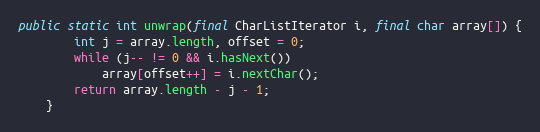
Language: Java
public static int unwrap(final CharListIterator i, final char array[]) {
        int j = array.length, offset = 0;
        while (j-- != 0 && i.hasNext())
            array[offset++] = i.nextChar();
        return array.length - j - 1;
    }